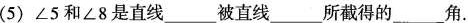
(5) ∠5和∠8是直线___被直线___所截得的___角.